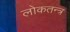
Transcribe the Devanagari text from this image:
लोकतन्‍त्र